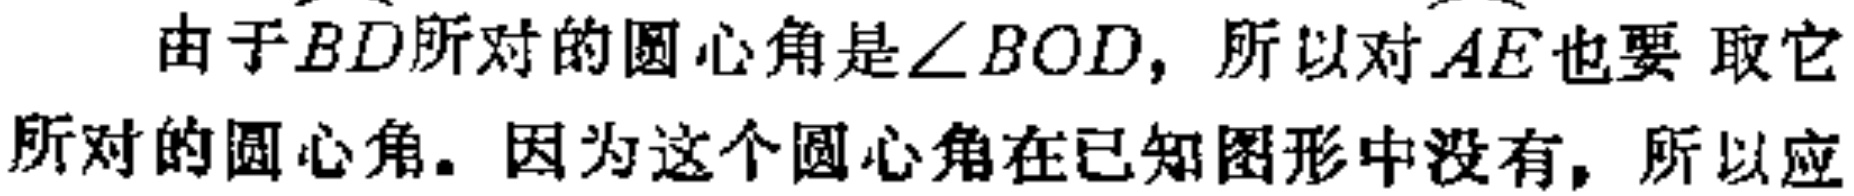
由于\(\overset{\frown}{BD}\)所对的圆心角是\(\angle BOD\)，所以对\(\overset{\frown}{AE}\)也要 取它所对的圆心角。因为这个圆心角在已知图形中没有，所以应